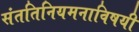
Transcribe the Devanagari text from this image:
संततिनियमनाविषयी